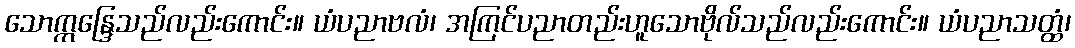
သောဣန္ဒြေသည်လည်းကောင်း။ ယံပညာဗလံ၊ အကြင်ပညာတည်းဟူသောဗိုလ်သည်လည်းကောင်း။ ယံပညာသတ္ထံ၊